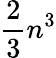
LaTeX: \frac{2}{3}n^{3}